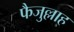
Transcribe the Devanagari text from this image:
फैजुल्लाह